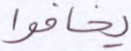
يخافوا